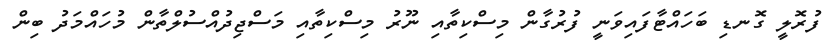
ފުރޮލީ ގޮނޑި ބަހައްޓާފައިވަނީ ފުރުގާން މިސްކިތާއި ނޫރު މިސްކިތާއި މަސްޖިދުއްސުލްތާން މުހައްމަދު ބިން